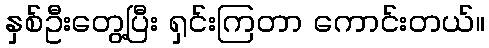
နှစ်ဦးတွေ့ပြီး ရှင်းကြတာ ကောင်းတယ်။